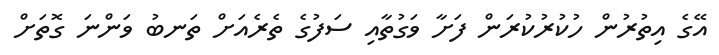
އޭގެ އިތުރުން ހުކުރުކުރަން ފަށާ ވަގުތާއި ސަފުގެ ތެރެއަށް ތަނބު ވަންނަ ގޮތަށް